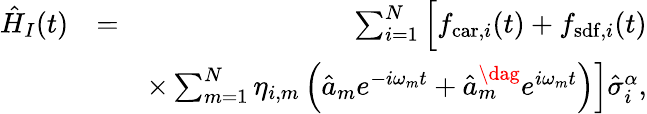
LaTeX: \begin{array}{rlr}{\hat{H}_{I}(t)}&{=}&{\sum_{i=1}^{N}\Big[f_{\mathrm{car},i}(t)+f_{\mathrm{sdf},i}(t)}\\ &{}&{\times\sum_{m=1}^{N}\eta_{i,m}\left(\hat{a}_{m}e^{-i\omega_{m}t}+\hat{a}_{m}^{\dag}e^{i\omega_{m}t}\right)\Big]\hat{\sigma}_{i}^{\alpha},}\end{array}